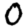
Digit: 0